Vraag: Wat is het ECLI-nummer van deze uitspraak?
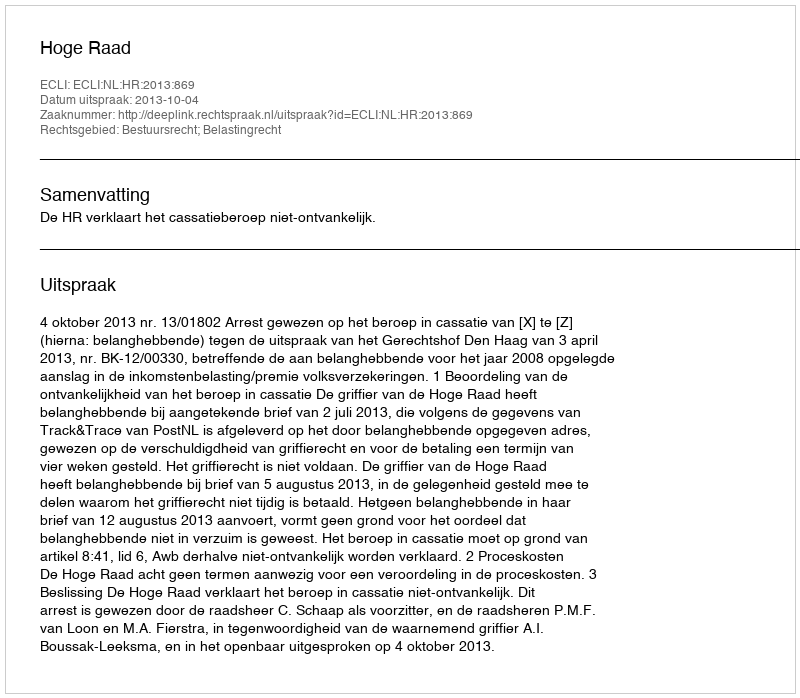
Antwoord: ECLI:NL:HR:2013:869